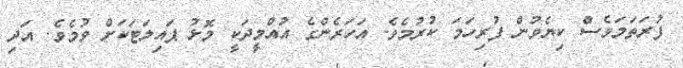
ފުރަތަމަވެސް ކިޔެވުން ފުރިހަމަ ކުރުމެވެ. އަހަރެންގެ އުއްމީދަކީ މޮޅު ޕައިލަޓަކަށް ވުމެވެ. އަދި